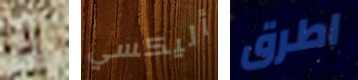
إذا أليكسي اطرق